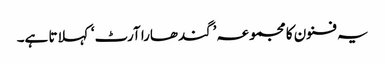
یہ فنون کا مجموعہ ’گندھارا آرٹ‘ کہلاتا ہے۔